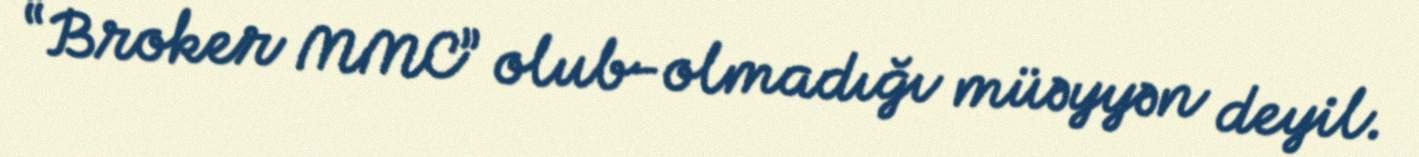
“Broker MMC” olub-olmadığı müəyyən deyil.